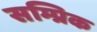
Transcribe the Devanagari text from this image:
सम्प्रिक